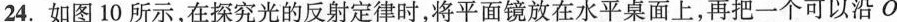
24.如图10所示，在探究光的反射定律时，将平面镜放在水平桌面上，再把一个可以沿O